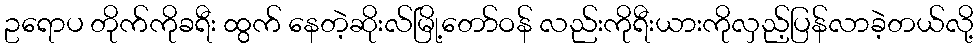
ဥရောပ တိုက်ကိုခရီး ထွက် နေတဲ့ဆိုးလ်မြို့တော်ဝန် လည်းကိုရီးယားကိုလှည့်ပြန်လာခဲ့တယ်လို့